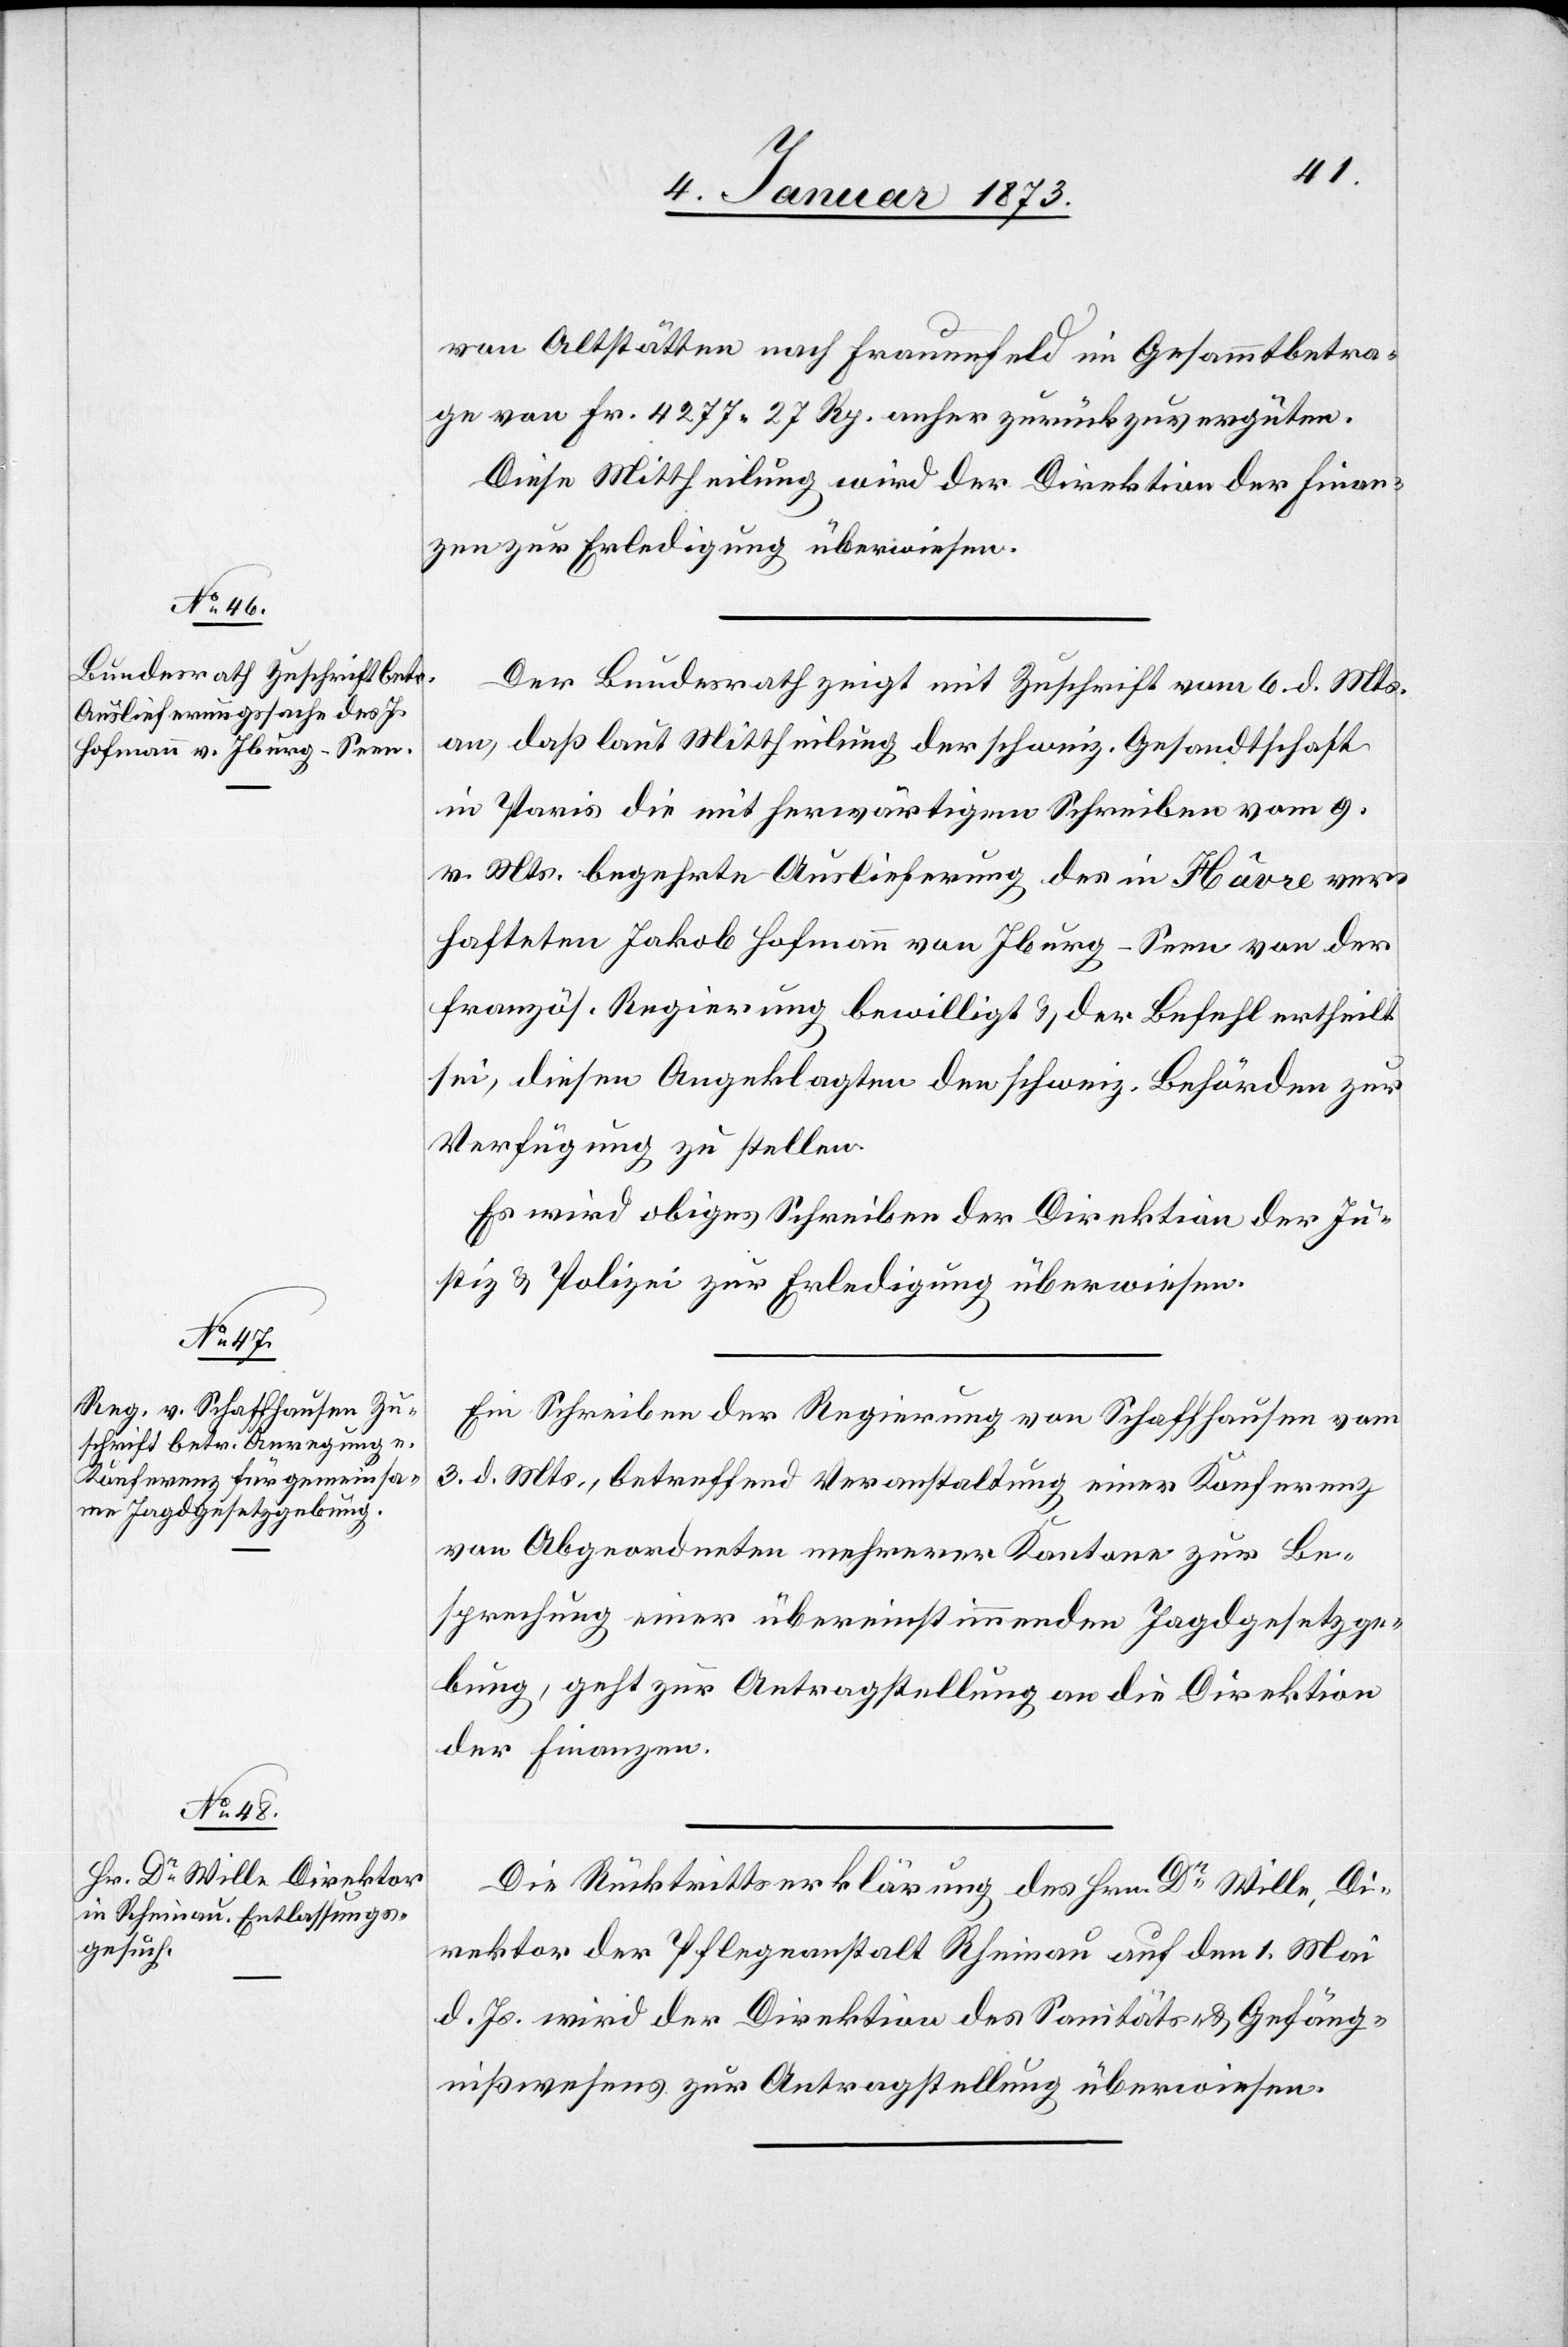
7. Januar 1873]
von Altstätten nach Frauenfeld im Gesammtbetra¬
ge von Fr. 4277 27 Rp. anher zurückzuvergüten.
Diese Mittheilung wird der Direktion der Finan¬
zen zur Erledigung überwiesen.
Der Bundesrath zeigt mit Zuschrift vom 6. d. Mts.
an, daß laut Mittheilung der schweiz. Gesandtschaft
in Paris die mit herwärtigem Schreiben vom 9.
v. Mts. begehrte Auslieferung des in Hâvre ver¬
hafteten Jakob Hofmann von Iburg - Seen von der
französ. Regierung bewilligt & der Befehl ertheilt
sei, diesen Angeklagten den schweiz. Behörden zur
Verfügung zu stellen.
So wird obiges Schreiben der Direktion der Ju¬
stiz & Polizei zur Erledigung überwiesen.
Ein Schreiben der Regierung von Schaffhausen vom
3. d. Mts., betreffend Veranstaltung einer Konferenz
von Abgeordneten mehrerer Kantone zur Be¬
sprechung einer übereinstimmenden Jagdgesetzge¬
bung, geht zur Antragstellung an die Direktion
der Finanzen.
Die Rücktrittserklärung des Hrn. Dr Wille, Di¬
rektor der Pflegeanstalt Rheinau auf den 1. Mai
d. Js. wird der Direktion des Sanitäts- u. Gefäng¬
nißwesens zur Antragstellung überwiesen.